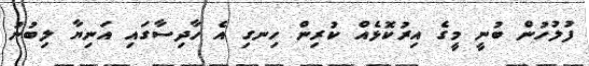
ފުލުހުން ބުނީ މީގެ އިރުކޮޅެއް ކުރިން ހިނގި އެ ހާދިސާގައި އަނިޔާ ލިބުނު